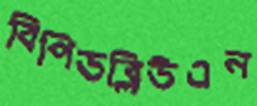
বিপিডব্লিউএন